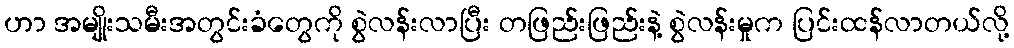
ဟာ အမျိုးသမီးအတွင်းခံတွေကို စွဲလန်းလာပြီး တဖြည်းဖြည်းနဲ့ စွဲလန်းမှုက ပြင်းထန်လာတယ်လို့